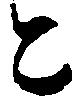
と